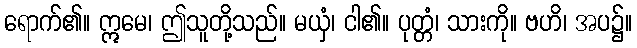
ရောက်၏။ ဣမေ၊ ဤသူတို့သည်။ မယှံ၊ ငါ၏။ ပုတ္တံ၊ သားကို။ ဗဟိ၊ အပ၌။